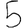
Digit: 5